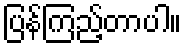
ပြန်ကြည့်တာပါ။